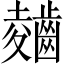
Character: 𲎣